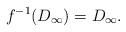
LaTeX: \begin{gather*} f^{-1}(D_\infty)=D_\infty.\end{gather*}